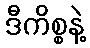
ဒီကိစ္စနဲ့